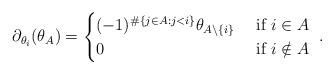
LaTeX: \begin{align*}\partial_{\theta_i}( \theta_A ) = \begin{cases}(-1)^{\#\{ j \in A: j<i\}}\theta_{A \backslash \{i\}}&\hbox{ if }i \in A\\0&\hbox{ if }i \notin A\end{cases}~.\end{align*}